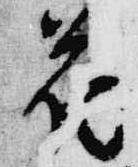
花